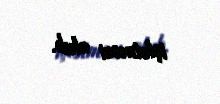
işlətməsi olub.